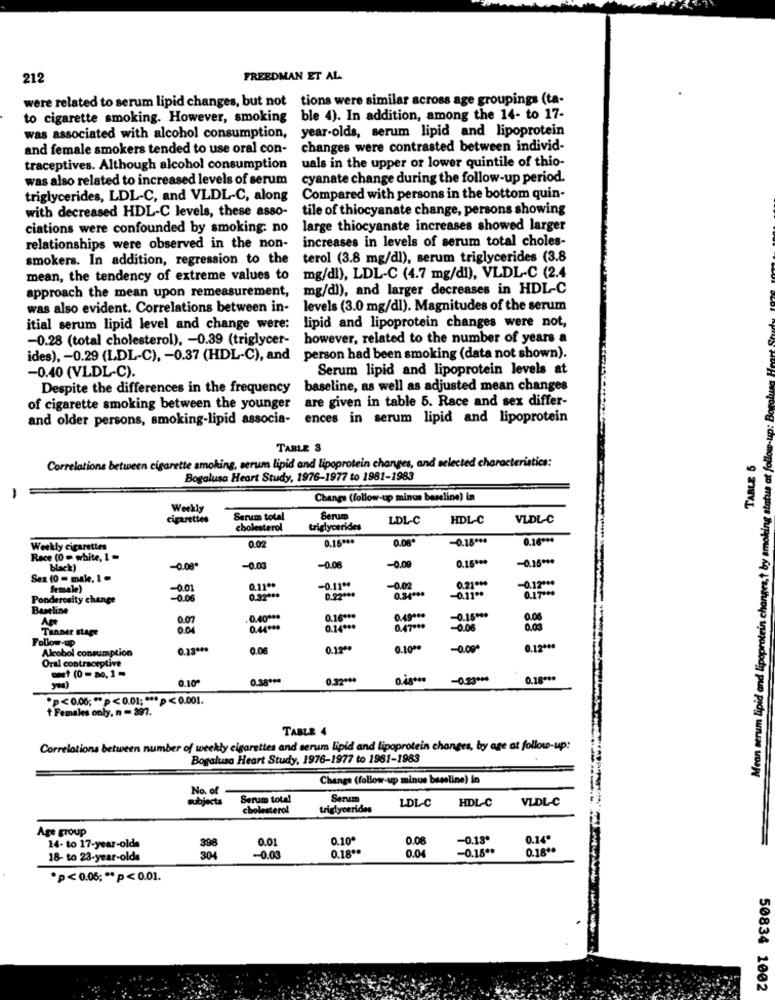
212
FREEDMAN ET AL
were related to serum lipid changes, but not tions were similar across age groupings (ta-
to cigarette smoking. However, smoking ble 4). In addition, among the 14- to 17-
year-olds, serum lipid and lipoprotein
was associated with alcohol consumption,
and female smokers tended to use oral con-
changes were contrasted between individ-
uals in the upper or lower quintile of thio-
traceptives. Although alcohol consumption
was also related to increased levels of serum
cyanate change during the follow-up period.
triglycerides, LDL-C, and VLDL-C, along
Compared with persons in the bottom quin-
with decreased HDL-C levels, these asso-
tile of thiocyanate change, persons showing
ciations were confounded by smoking: no
large thiocyanate increases showed larger
increases in levels of serum total choles-
relationships were observed in the non-
smokers. In addition, regression to the terol (3.8 mg/dl), serum triglycerides (3.8
mean, the tendency of extreme values to
mg/dl), LDL-C (4.7 mg/dl), VLDL-C (2.4
mg/dl), and larger decreases in HDL-C
approach the mean upon remeasurement,
was also evident. Correlations between in-
levels (3.0 mg/dl). Magnitudes of the serum
itial serum lipid level and change were:
lipid and lipoprotein changes were not,
-0.28 (total cholesterol), - 0.39 (triglycer-
however, related to the number of years a
ides), - 0.29 (LDL-C), - 0.37 (HDL-C), and
person had been smoking (data not shown).
Serum lipid and lipoprotein levels at
-0.40 (VLDL-C).
Mean serum lipid and lipoprotein changes,t by smoking status at follow-up: Bogalusa
Despite the differences in the frequency
baseline, as well as adjusted mean changes
of cigarette smoking between the younger are given in table 5. Race and sex differ-
and older persons, smoking-lipid associa-
ences in serum lipid and lipoprotein
TABLE 3
TABLE 5
Correlations between cigarette smoking, serum lipid and lipoprotein changes, and selected characteristics:
Bogalusa Heart Study, 1976-1977 to 1981-1983
-
Change (follow-up minus bassline) in
Weekly
cigarettes
Serum total
Serum
LDL-C
HDL-C
VLDL-C
cholesterol
triglycerides
0.02
0.15 ***
0.08*
-0.18 ***
0.16 ***
Weekly cigarettes
Race (0 = white, 1 =
0.16 ***
-0.15 ***
black)
-0.08*
-0.00
-0.08
-0.00
Sex (0 - make, 1 -
female)
-0.01
0.11 **
-0.11 **
-0.02
0.21 ***
-0.12 ***
0.17100
Ponderosity change
-0.06
0.32 ***
0.22 ***
0.34 ***
-0.11 **
Baseline
An
0.07
.0.40 ***
0.16 ***
0.49 ***
-0.15 ***
0.06
Tanner stage
0.04
0.44 ***
0.14 ***
0.47 ***
-0.06
0.03
Follow -up
Alcobol consumption
0.13 ***
0.06
01200
0.10 **
-0.00*
0.12 ***
Oral contraceptive
one1 (0 = no. 1 -
0.10ª
0.38 ***
0.32 ***
-0.23 ***
0.18 ***
*p<0.06 ;** p< 0.01 ;*** p < 0.001.
Females only, n = 397.
TABLE 4
Correlations between number of weekly cigarettes and serum lipid and lipoprotein changes, by age at follow-up:
Bogalusa Heart Study, 1976-1977 to 1981-1983
Change (follow-up minus bassline) in
No. of
subjects
Serum total
Serum
LDL-C
HDL-C
VLDL-C
cholesterol
triglycerides
Age group
0.01
0.10*
0.06
-0.18*
0.14º
14- to 17-year-olds
398
0.18 **
0.04
-0.15 **
0.18.
18- to 23-year-olds
304
-0.03
*p<0.05 ;** p<0.01.
50834 1002